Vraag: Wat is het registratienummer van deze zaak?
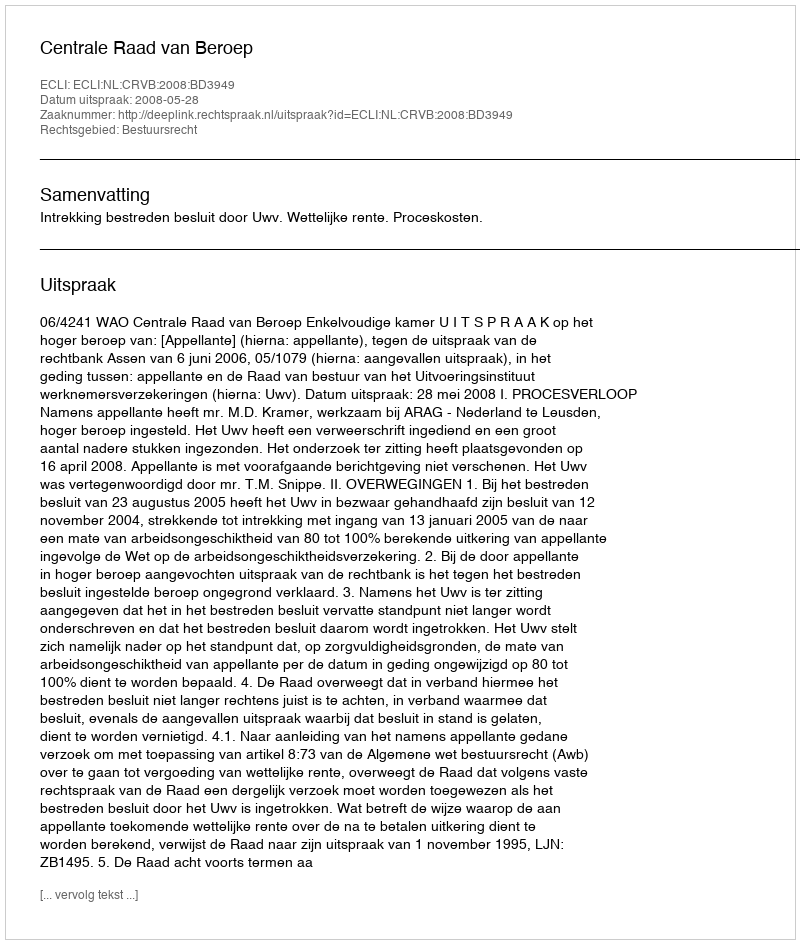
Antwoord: http://deeplink.rechtspraak.nl/uitspraak?id=ECLI:NL:CRVB:2008:BD3949